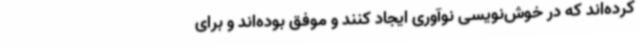
کرده‌اند که در خوش‌نویسی نوآوری ایجاد کنند و موفق بوده‌اند و برای